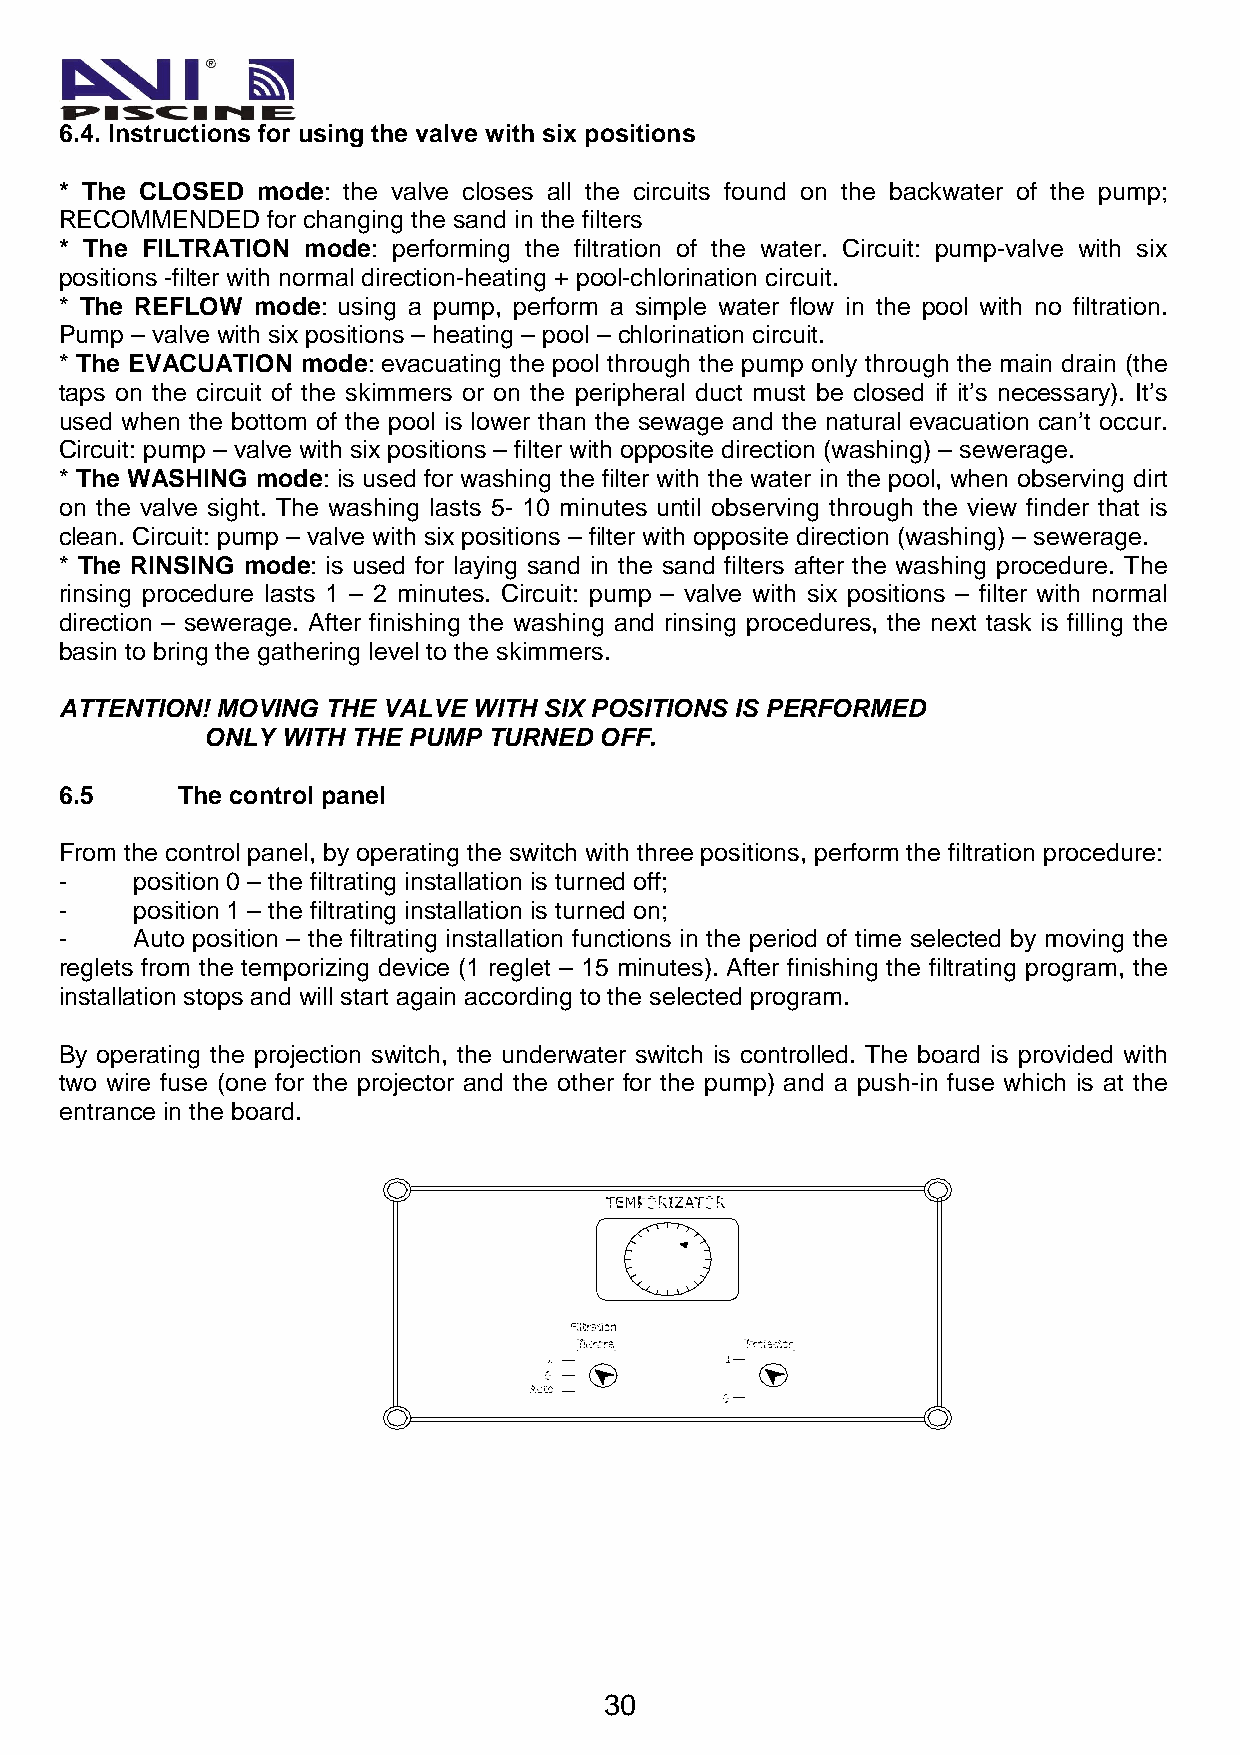
6.4. Instructions for using the valve with six positions
 * The CLOSED mode: the valve closes all the circuits found on the backwater of the pump;
 RECOMMENDED   for changing the sand in the filters
 * The FILTRATION mode: performing the filtration of the water. Circuit: pump-valve with six
 positions -filter with normal direction-heating + pool-chlorination circuit.
 * The REFLOW mode: using a pump, perform a simple water flow in the pool with no filtration.
 Pump – valve with six positions – heating – pool – chlorination circuit.
 * The EVACUATION mode: evacuating the pool through the pump only through the main drain (the
 taps on the circuit of the skimmers or on the peripheral duct must be closed if it’s necessary). It’s
 used when the bottom of the pool is lower than the sewage and the natural evacuation can’t occur.
 Circuit: pump – valve with six positions – filter with opposite direction (washing) – sewerage.
 * The WASHING mode: is used for washing the filter with the water in the pool, when observing dirt
 on the valve sight. The washing lasts 5- 10 minutes until observing through the view finder that is
 clean. Circuit: pump – valve with six positions – filter with opposite direction (washing) – sewerage.
 * The RINSING mode: is used for laying sand in the sand filters after the washing procedure. The
 rinsing procedure lasts 1 – 2 minutes. Circuit: pump – valve with six positions – filter with normal
 direction – sewerage. After finishing the washing and rinsing procedures, the next task is filling the
 basin to bring the gathering level to the skimmers.
 ATTENTION! MOVING THE VALVE WITH SIX POSITIONS IS PERFORMED
 ONLY WITH THE PUMP TURNED OFF.
 6.5     The control panel
 From the control panel, by operating the switch with three positions, perform the filtration procedure:
 -    position 0 – the filtrating installation is turned off;
 -    position 1 – the filtrating installation is turned on;
 -    Auto position – the filtrating installation functions in the period of time selected by moving the
 reglets from the temporizing device (1 reglet – 15 minutes). After finishing the filtrating program, the
 installation stops and will start again according to the selected program.
 By operating the projection switch, the underwater switch is controlled. The board is provided with
 two wire fuse (one for the projector and the other for the pump) and a push-in fuse which is at the
 entrance in the board.
 30